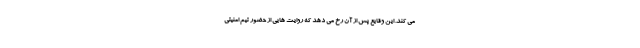
می کند. این وقایع پس از آن رخ می دهد که روایت هایی از حضور تیم امنیتی